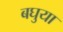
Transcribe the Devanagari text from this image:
बघुया